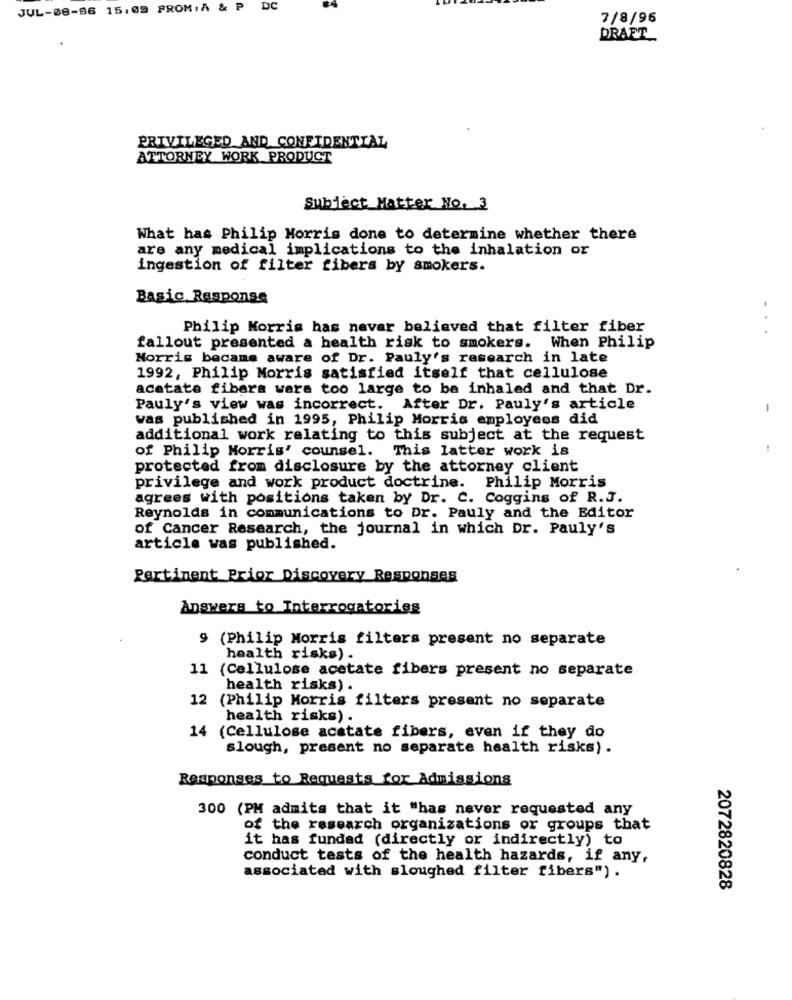
JUL-08-86 15.09 FROM: A & P
DC
7/8/96
DRAFT
PRIVILEGED AND CONFIDENTIAL
ATTORNEY WORK PRODUCT
Subject Matter No. 3
What has Philip Morris done to determine whether there
are any medical implications to the inhalation or
ingestion of filter fibers by smokers.
Basic Response
Philip Morris has nevar believed that filter fiber
.
fallout presented a health risk to smokers. When Philip
Morris became aware of Dr. Pauly's research in late
1992, Philip Morris satisfied itself that cellulose
acetate fibera wara too large to be inhaled and that Dr.
Pauly's view was incorrect. After Dr. Pauly's article
-
was published in 1995, Philip Morris employees did
additional work relating to this subject at the request
of Philip Morris' counsel. This latter work is
protected from disclosure by the attorney client
privilege and work product doctrine. Philip Morris
agrees with positions taken by Dr. C. Coggins of R.J.
Reynolds in communications to Dr. Pauly and the Editor
of Cancer Research, the journal in which Dr. Pauly's
article was published.
Pertinent Prior Discovery Responses
Answers to Interrogatorieg
9 (Philip Morris filters present no separate
health risks) .
11 (Cellulose acetate fibers present no separate
health risks)
12 (Philip Morris filters present no separate
health risks) .
14 (Cellulose acetate fibers, even if they do
slough, present no separate health risks).
Responses to Requests for Admissions
300 (PM admita that it "has never requested any
of the research organizations or groups that
it has funded (directly or indirectly) to
conduct tests of the health hazards, if any,
associated with sloughed filter fibers").
2072820828